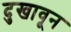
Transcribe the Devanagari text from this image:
दुखावून